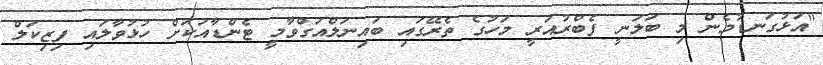
"އަޅުގަނޑުމެން މި ބަލަނީ ފެބްރުއަރީ މަހުގެ ތެރޭގައި ބައިނަލްއަގްވާމީ ޓެންޑާއަކަށް ހުޅުވާލައި ފިޒިކަލް